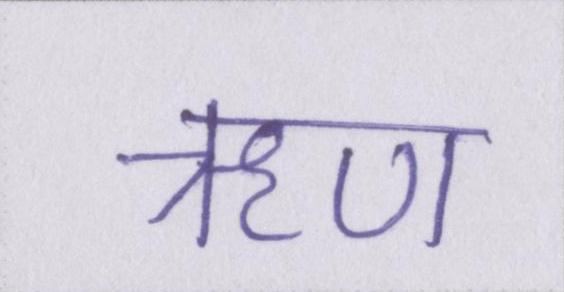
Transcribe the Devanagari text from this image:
ॠण